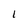
Character: l